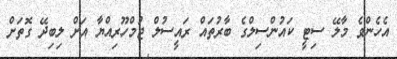
އެހެންވެ މާލޭ ސިޓީ ކައުންސިލްގެ ބާރުތައް ރައީސުލް ޖުމްހޫރިއްޔާ އަށް ލިބިދޭ ގޮތަށް